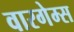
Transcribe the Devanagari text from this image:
वारगेम्स